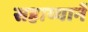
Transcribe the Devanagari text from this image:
सहाय्यानें